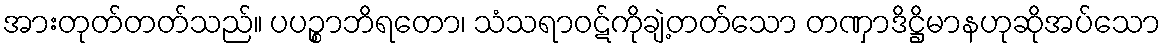
အားတုတ်တတ်သည်။ ပပဉ္စာဘိရတော၊ သံသရာဝဋ်ကိုချဲ့တတ်သော တဏှာဒိဋ္ဌိမာနဟုဆိုအပ်သော